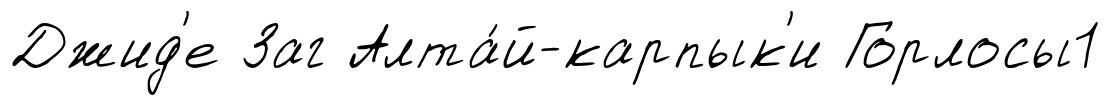
Джид'е Заг Алта́й-карпык'и Горлосы1